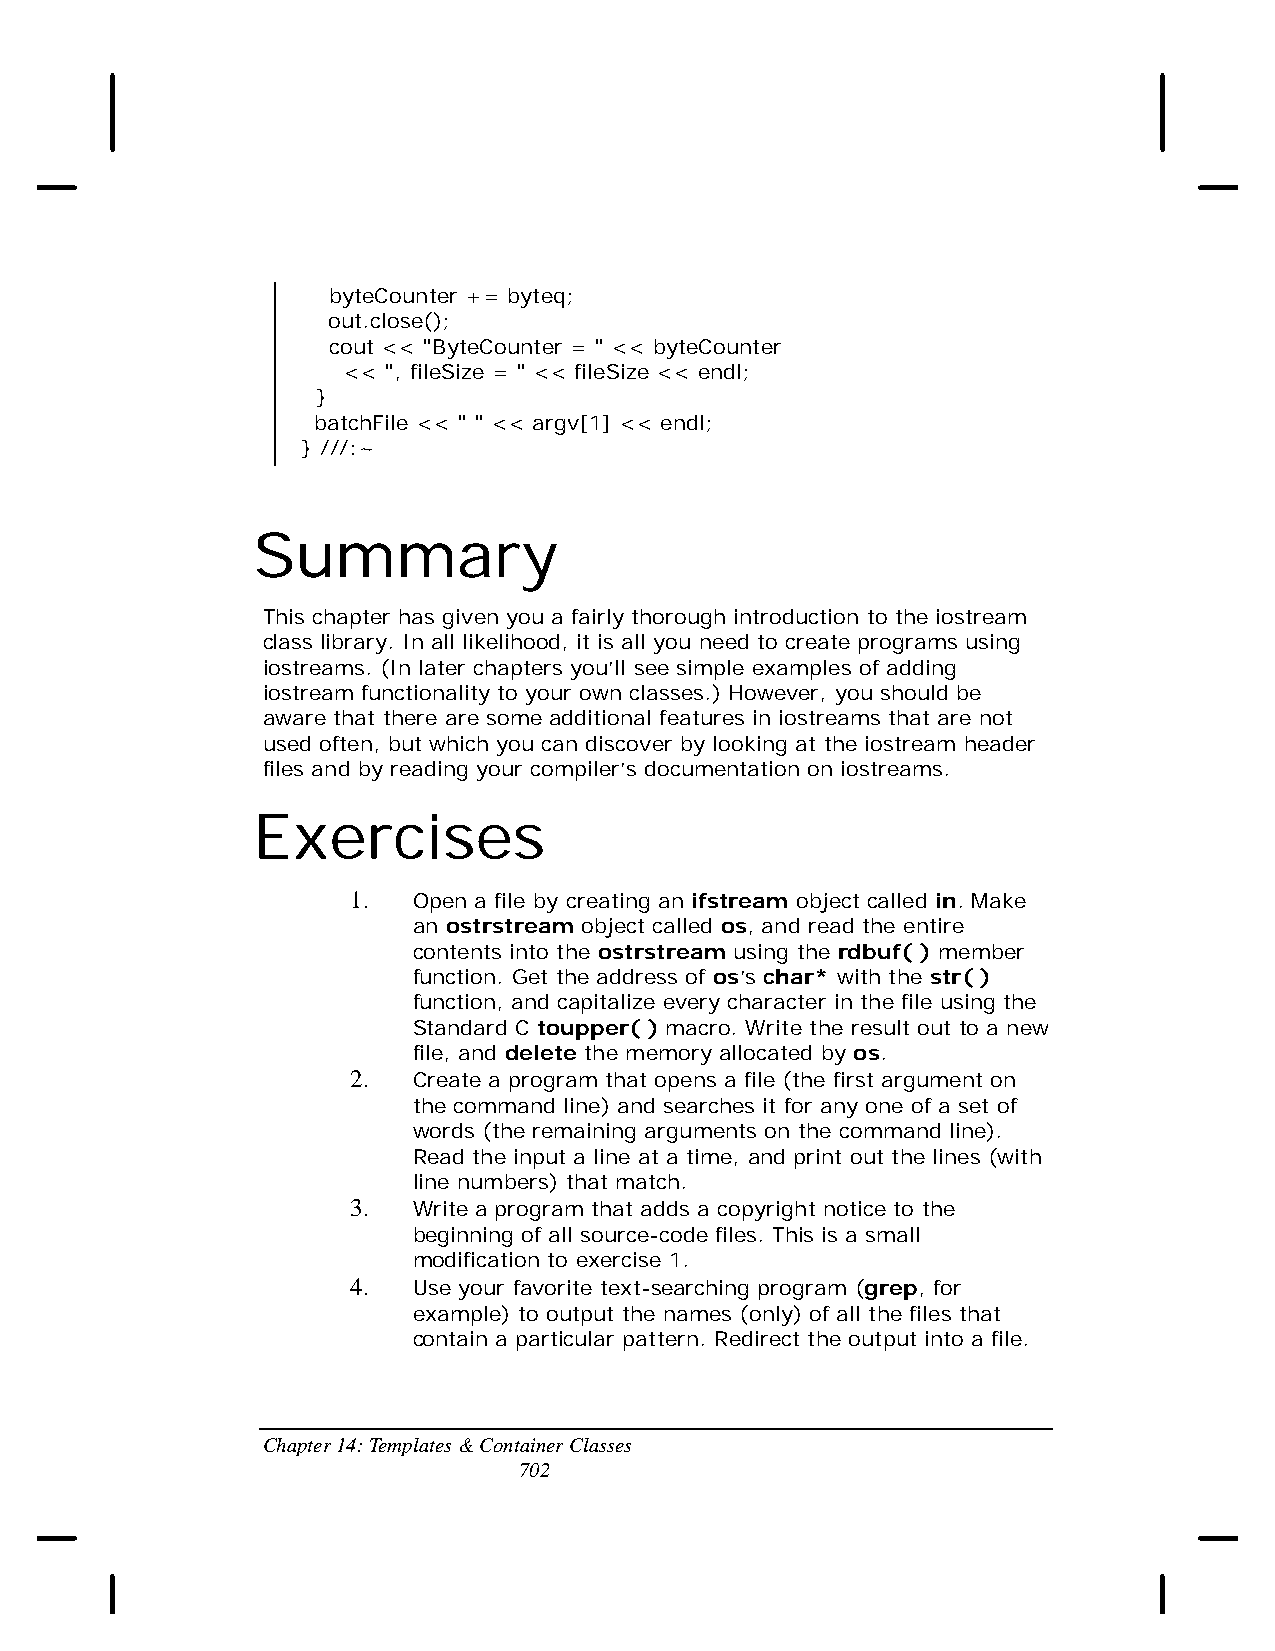
byteCounter += byteq;
 out.close();
 cout << "ByteCounter = " << byteCounter
 << ", fileSize = " << fileSize << endl;
 }
 batchFile << " " << argv[1] << endl;
 } ///:~
 Summary
 This chapter has given you a fairly thorough introduction to the iostream
 class library. In all likelihood, it is all you need to create programs using
 iostreams. (In later chapters you’ll see simple examples of adding
 iostream functionality to your own classes.) However, you should be
 aware that there are some additional features in iostreams that are not
 used often, but which you can discover by looking at the iostream header
 files and by reading your compiler’s documentation on iostreams.
 Exercises
 1.  Open a file by creating an ifstream object called in. Make
 an ostrstream object called os, and read the entire
 contents into the ostrstream using the rdbuf( ) member
 function. Get the address of os’s char* with the str( )
 function, and capitalize every character in the file using the
 Standard C toupper( ) macro. Write the result out to a new
 file, and delete the memory allocated by os.
 2.  Create a program that opens a file (the first argument on
 the command line) and searches it for any one of a set of
 words (the remaining arguments on the command line).
 Read the input a line at a time, and print out the lines (with
 line numbers) that match.
 3.  Write a program that adds a copyright notice to the
 beginning of all source-code files. This is a small
 modification to exercise 1.
 4.  Use your favorite text-searching program (grep, for
 example) to output the names (only) of all the files that
 contain a particular pattern. Redirect the output into a file.
 Chapter 14: Templates & Container Classes
 702